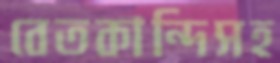
বেতকান্দিসহ